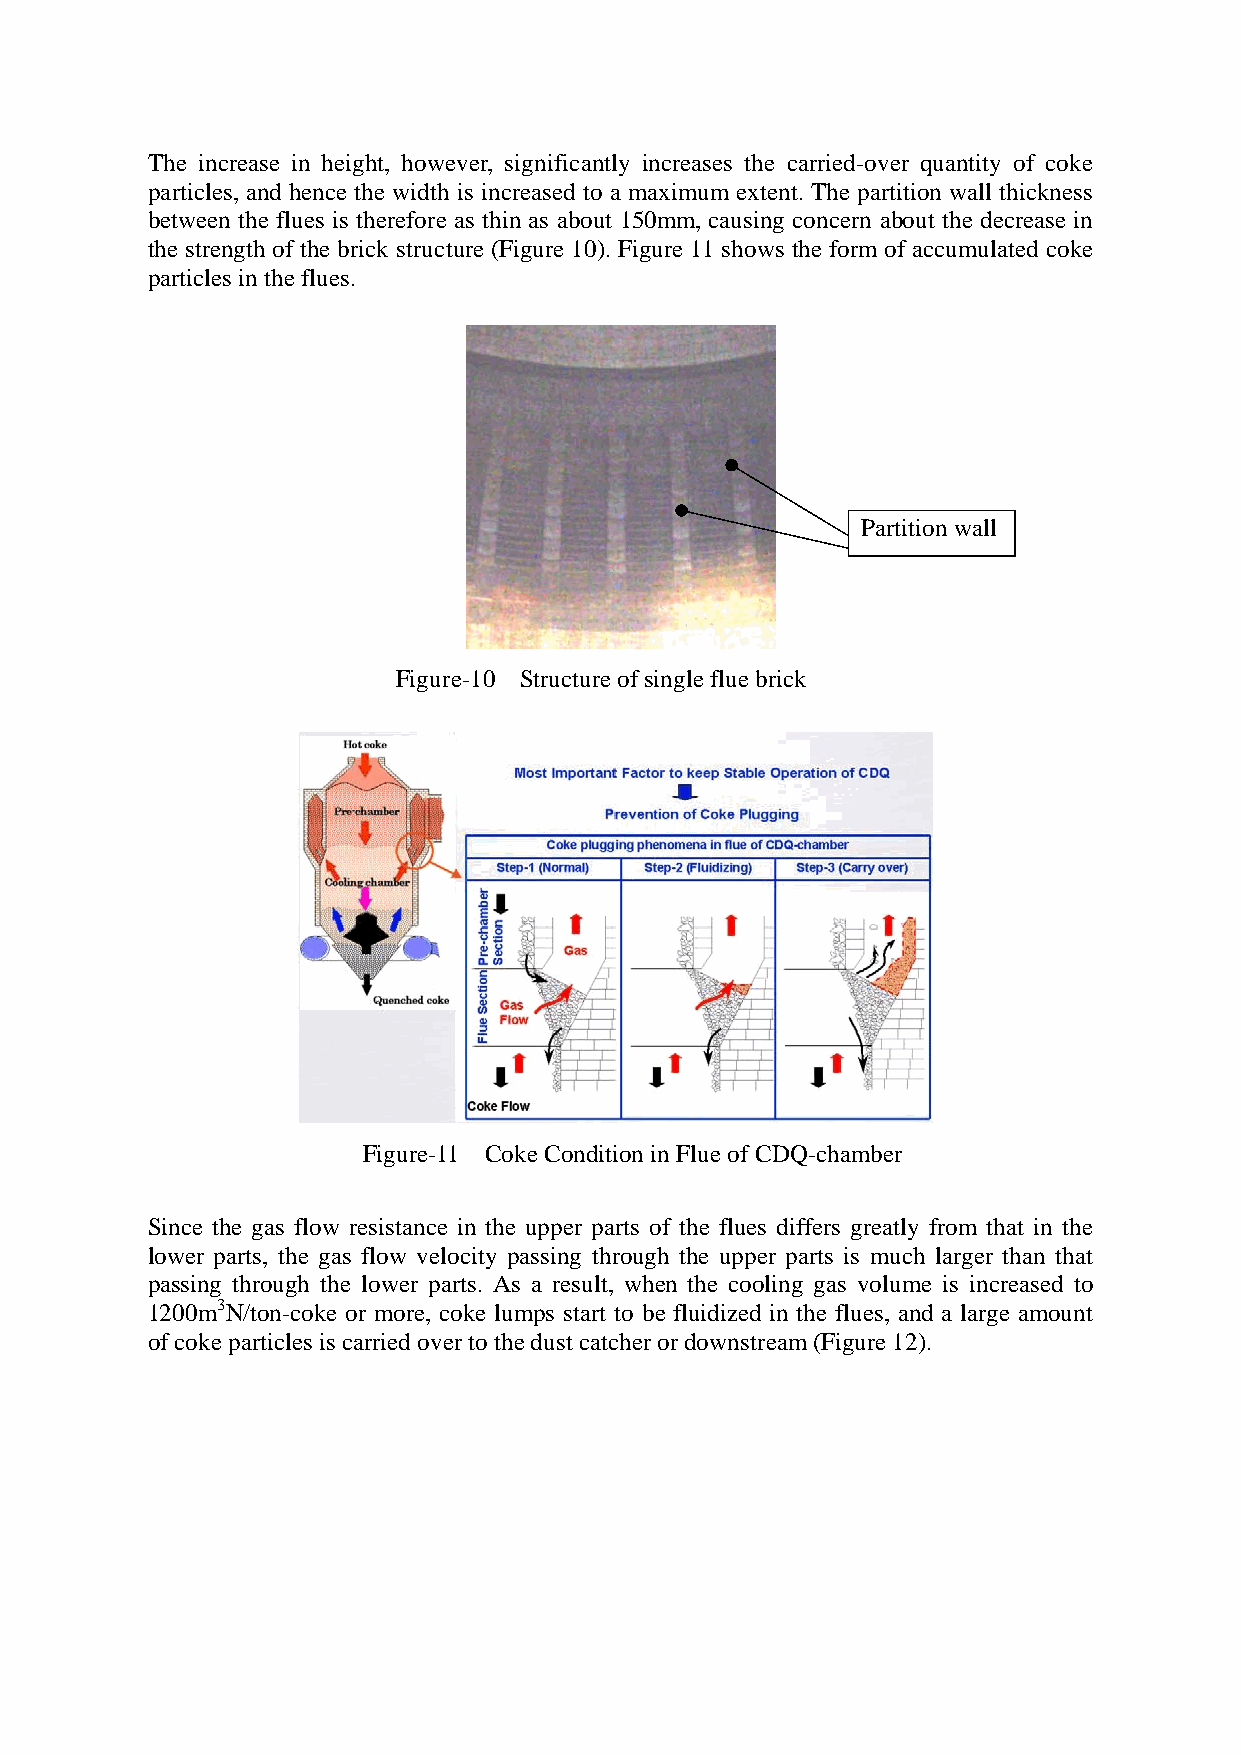
The increase in height, however, significantly increases the carried-over quantity of coke
 particles, and hence the width is increased to a maximum extent. The partition wall thickness
 between the flues is therefore as thin as about 150mm, causing concern about the decrease in
 the strength of the brick structure (Figure 10). Figure 11 shows the form of accumulated coke
 particles in the flues.
 Partition wall
 Figure-10 Structure of single flue brick
 Figure-11 Coke Condition in Flue of CDQ-chamber
 Since the gas flow resistance in the upper parts of the flues differs greatly from that in the
 lower parts, the gas flow velocity passing through the upper parts is much larger than that
 passing through the lower parts. As a result, when the cooling gas volume is increased to
 1200m3N/ton-coke or more, coke lumps start to be fluidized in the flues, and a large amount
 of coke particles is carried over to the dust catcher or downstream (Figure 12).